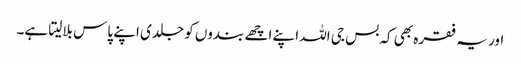
اور یہ فقرہ بھی کہ بس جی اللہ اپنے اچھے بندوں کو جلدی اپنے پاس بلالیتا ہے۔